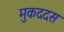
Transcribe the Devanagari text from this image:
मुकददस